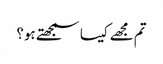
تم مجھے کیسا سمجھتے ہو؟